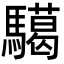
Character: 𩦞